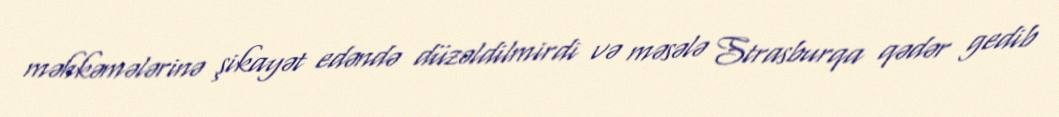
məhkəmələrinə şikayət edəndə düzəldilmirdi və məsələ Strasburqa qədər gedib